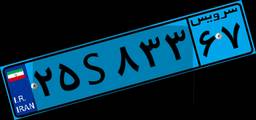
۲۵S۸۳۳۶۷